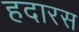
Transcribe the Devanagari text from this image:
हदारस